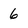
Character: 6